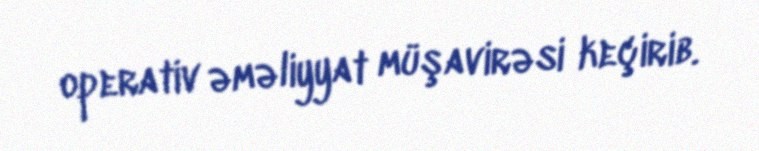
operativ əməliyyat müşavirəsi keçirib.